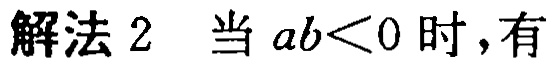
解法 2 当 \(ab<0\) 时，有